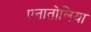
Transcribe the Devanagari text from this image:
एनातोलिया